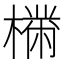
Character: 𣚠